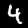
Label: 4